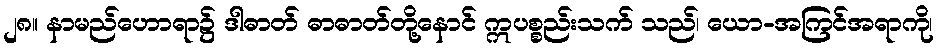
၂၈။ နာမည်ဟောရာ၌ ဒါဓာတ် ဓာဓာတ်တို့နောင် ဣပစ္စည်းသက် သည်၊ ယော-အကြင်အရာကို၊